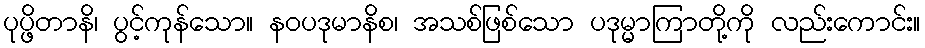
ပုပ္ဖိတာနိ၊ ပွင့်ကုန်သော။ နဝပဒုမာနိစ၊ အသစ်ဖြစ်သော ပဒုမ္မာကြာတို့ကို လည်းကောင်း။